Alphabetical list of drugs, medicines and other preparations free from, and containing, spirit compiled from the results of tests made by the customs houses at Calcutta, Bombay, and Madras
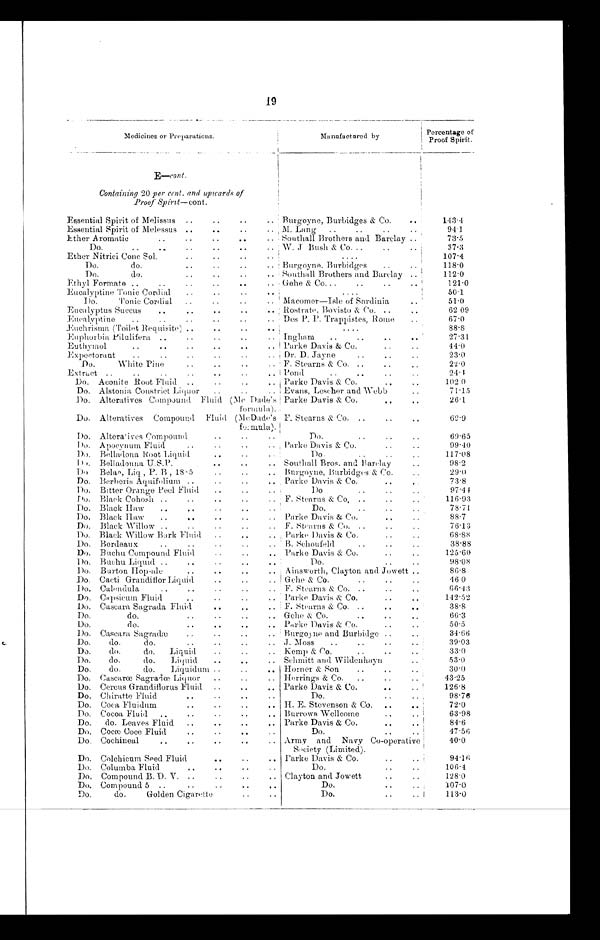
19
Medicines or Preparations.
Manufactured by
Percentage ©f
Proof Spirit.
E-cont.
Containing 20 per cent. and upwards of
Proof Spirit—cont.
Essential Spirit of Melissus
..
..
..
.. Burgoyne, Burbidges & Co.
..
143.4
Essential Spirit of Melessus ..
..
..
.. M. Lang
..
..
..
..
94.1
Ether Aromatic
..
..
..
..
..
Southall Brothers and Barclay ..
73.5
Do.
..
..
..
..
..
..
W. J Bush & Co. ..
..
.
37.3
Ether Nitrici Cone Sol.
..
..
..
..
. . .
107.4
Do.
do.
..
..
. .
. .
: Burgoyne, Burbidges
..
..
118.0
Do.
do.
..
, ,
..
.. ! Southall Brothers and Barclay .. '
1 1 2 . 0
Ethyl Formate ..
..
..
. .
. .
. .
! Gehe & Co...
..
..
121.0
Eucalyptine Tonic Cord ial
..
. .
. . ,
....
50.1
Do.
Tonic Cordial
..
. .
. .
! Macomer—Isle of Sardinia
..
51.0
Eucalyptus Succus
.... . .
. . ..
Rostrate, Bovistu & Co. ..
..
62 09
Eucalyptine
..
..
..
..
Des P. P. Trappistes, Rome
, .
67.0
Euchrisma (Toilet Requisite) ..
..
..
....
88.8
Euphorbia Pilulifera ..
..
..
.. : Ingham
..
..
..
..
27.31
Euthymol
..
..
..
..
..
..
Parke Davis & Co.
..
..
44.0
Expectorant
..
..
..
..
.. Dr. D. Jayne
..
..
..
2 3 . 0
Do.
White Pine
..
de
..
..
F. Stearns & Co. _
..
..
22.0
E xtract ..
..
..
..
..
..
..
I Pond
. .
. . . .
. .
24.1
1)o. Aconite Bout Fluid ..
..
.. Parke Davis & Co.
..
..
1 0 2 . 0
Do. Alstonia Constrict Liquor
..
..
.. Evans, Lescher and Webb
..
7 1 . 1 5
Do. Alteratives Compound Fluid (Mc Dade's
formula).
Parke Davis & Co.
. .
. .
26.1
Do. Alteratives Compound Fluid (Mc Dade's
formula).
F. Stearns & Co. ..
..
..
6 9 . 9
Do. Altera t ives Compound
. .
. .
. .
Do.
..
. .
69.65
Do. A pocynum Fluid
..
..
.. ; Parke Davis & Co.
..
. .
99.40
Do. Belladona Root Liquid
..
..
Do.
. .
117.08
Do. Belladonna U.S.P.
. .
. .
. . Southall Bros. and Par lay
. .
98.2
Do Belan, Li d , P. B , 18-5
..
.. Burgoyne, Burbidges & Co.
29.0
Do. Berberis Aquifolium ..
..
..
. . , Parke Davis & Co.
..
73.8
Do. Bitter Orange Peel Fluid
..
..
..
1)0
..
..
..
97.44
Do. Black Cohosh ..
..
..
..
..
F. Stearns & Co, ..
..
..
116.93
Do. Black Haw
..
..
. .
. .
Do.
..
..
78.71
Do, Black Haw
..
...
..
. .
Parke Davis & Co.
..
. .
88.7
Do. Black Willow ..
..
. . F. Stearns & Co. ..
..
..
76.13
.
Do. Black Willow Bark Fluid
..
..
Parke Davis & Co.
68.88
Do. Bordeaux
..
..
..
.. . B. Schoufeld
..
..
..
38.88
Do. Buchu Compound Fluid
..
..
.. Pirko Davis & Co.
..
..
125.60
Do. Buchu. Liquid ..
..
..
..
Do.
. .
. .
98.08
Do. Burton Hop-ale
..
..
..
.. Ainsworth, Clayton and Jowett ..
86.8
Do. Cacti Grandiflor Liquid
..
..
.. Gche & Co.
..
..
..
46 0
Do. Calendula
..
..
..
. . F. Stearns & Co. ..
..
..
66.43
Do. Capsicum Fluid
..
..
..
.. Parke Davis & Co.
..
..
142.52
Do. Cascara Sagrada Fluid
. .
. .
. . F. Stearns & Co. ..
..
..
38.8
Do.
do.
..
..
.. Gche & Co.
..
..
..
66.3
Do.
do.
..
..
..
..
Parke Davis & Co.
..
..
50.5
Do. Cascara Sagradæ
..
..
.. Burgoyne and Burbidge ..
..
34.66
Do.
do.
do.
..
..
..
.. ;1. Moss
..
..
..
..
39.03
Do.
do.
do.
Liquid
..
.. Kemp & Co.
..
..
..
33.0
Do.
do.
do.
Liquid
..
..
..
Schmitt and Wildenhayn
..
53.0
Do.
do.
do.
Liquiduni ..
.. Horner & Son
..
..
..
30.0
Do. Casearœ Sagradœ Liquor
..
..
.. Herrings & Co.
..
..
..
43.25
Do. Comas Grandiflorus Fluid
..
..
.. Parke Davie. & Co.
..
..
126.8
Do. Chiratte Fluid
. . ..
..
..
Do.
..
98.76
Do. Coca Fluidum
. . ..
..
..
H. E. Stevenson & Co.
..
..
72.0
Do. Cocoa Fluid
..
..
..
..
.. Burrows -Wellcome
..
..
63.98
Do.
do. Leaves Fluid
..
..
..
.. Parke Davis & Co.
..
..
84.6
Do. Cocæ Coce Fluid
..
..
Do.
..
47.56
Do. Cochineal
..
. . .
. ..
Army and Navy Co-operative
Society (Limited).
40.0
Do. Colchicum Seed Fluid
..
..
.. Parke Davis & Co.
. .
94.16
Do. Columba Fluid
..
..
..
..
Do.
. .
. .
106.4
Do. Compound B. D. V. ..
..
..
.. Clayton and Jowett
..
..
1 2 8 . 0
Do. Compound 5 ..
..
..
..
..
Do.
..
:107.0
Do.
do.
Golden Cigarette
Do.
. .
1 1 3 . 0